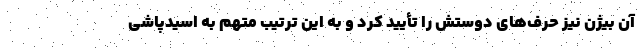
آن بیژن نیز حرف‌های دوستش را تأیید کرد و به این ترتیب متهم به اسیدپاشی